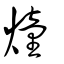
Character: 燑